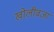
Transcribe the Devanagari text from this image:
खोलीवजा